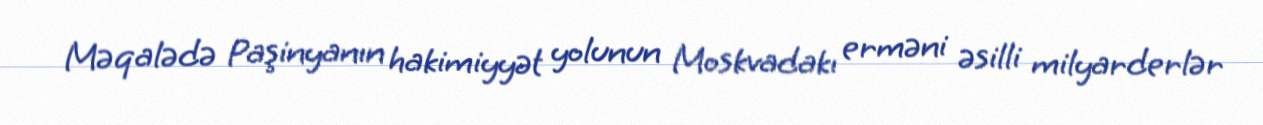
Məqalədə Paşinyanın hakimiyyət yolunun Moskvadakı erməni əsilli milyarderlər